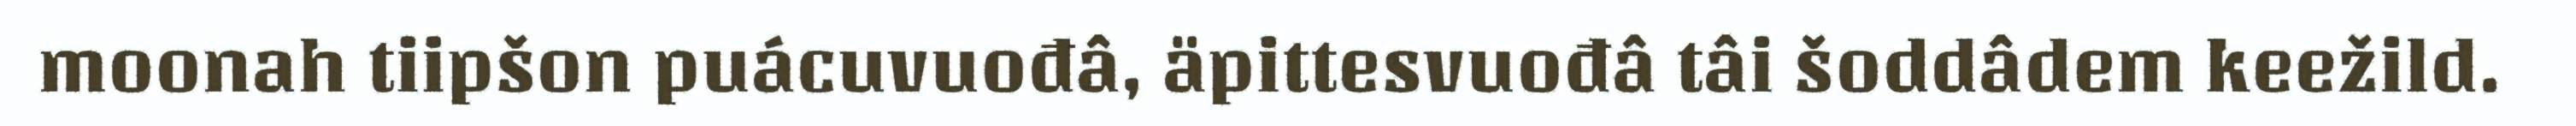
moonah tiipšon puácuvuođâ, äpittesvuođâ tâi šoddâdem keežild.